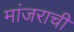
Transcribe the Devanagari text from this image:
मांजराची